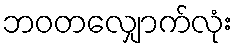
ဘဝတလျှောက်လုံး